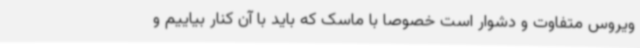
ویروس متفاوت و دشوار است خصوصا با ماسک که باید با آن کنار بیاییم و